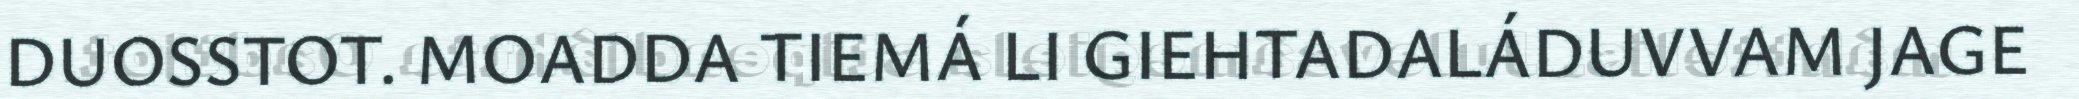
DUOSSTOT. MOADDA TIEMÁ LI GIEHTADALÁDUVVAM JAGE